Annual statistical returns and brief notes on vaccination in Bengal - 1909-1929
Year: 1909
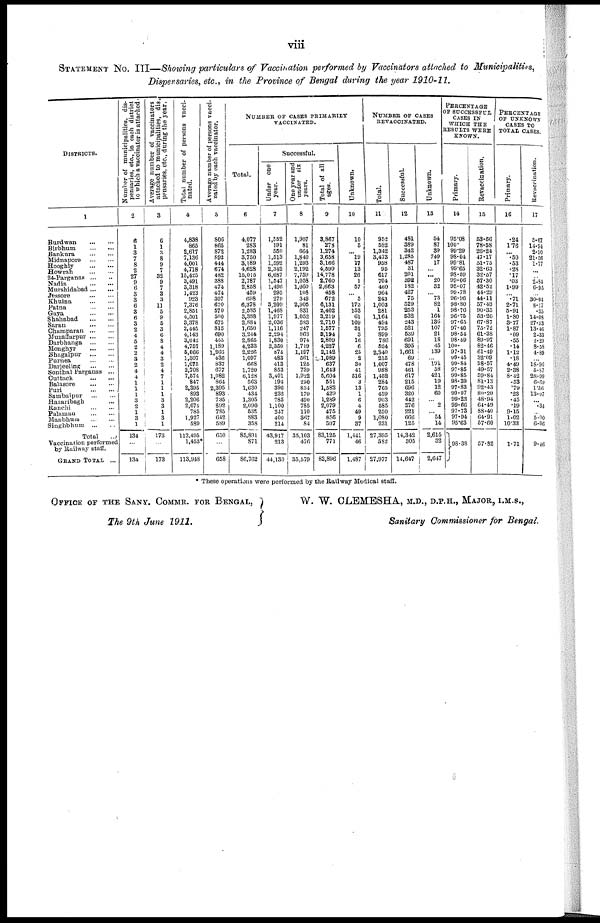
viii
STATEMENT NO. III—Showing particulars of Vaccination performed by Vaccinators attached to Municipalities,
Dispensaries, etc., in the Province of Bengal during the year 1910-11.
DISTRICTS.
1
Burdwan
...
...
Birbhum...
...
Bankura...
...
Midnapore...
...
Hooghly...
...
Howrah...
...
24-Parganas...
...
Nadia...
...
Murshidabad...
...
Jessore...
...
Khulna...
...
Patna...
...
Gaya...
...
Shahabad...
...
Saran...
...
Champaran... ...
Muzaffarpur... ...
Darbhanga... ...
Monghyr...
...
Bhagalpur... ...
Purnea... ...
Darjeeling...
...
Sonthal Parganas ...
Cuttack
...
...
Balasore...
...
Puri...
...
Sambalpur...
...
Hazaribagh...
...
Ranchi... ...
Palamau...
...
Manbhum... ...
Singhbhum...
...
Total... ...
Vaccination performed
by Railway staff.
GRAND
TOTAL...
Number of municipalities, dis-
pensaries, etc., in each district
o which a vaccinator is attached.
2
6
1
3
7
8
2
27
9
6
3
3
6
3
6
3
2
4
5
2
2
3
2
4
4
1
1
1
3
2
1
3
1
134
...
134
Average number of vaccinators
attached to municipalities, dis-
pensaries,
etc., during the year.
3
6
1
3
8
9
7
32
9
7
3
3
11
5
9
5
3
6
8
4
4
3
2
4
7
1
1
1
3
3
1
3
1
173
...
173
Total number of persons vacci-
nated.
4
4,838
865
2,617
7,136
4,001
4,718
15,425
3,491
3,318
1,423
923
7,376
2,851
4,501
3,378
2,445
4,143
3,642
4,757
5,066
1,307
1,675
2,708
7,574
847
2,395
898
2,206
2,675
785
1,927
589
112,495
1,453*
113,948
Average number of persons vacci-
nated by each vaccinator.
5
806
865
872
892
444
674
482
388
474
474
307
670
570
500
675
315
690
455
1,189
1,266
436
837
677
1,082
864
2,395
893
735
892
785
642
589
650
...
658
NUMBER OF CASES PRIMARILY
VACCINATED.
Total.
6
4,077
283
1,283
3,750
3,189
4,628
15,015
2,787
2,858
459
698
6,378
2,585
3,388
2,884
1,650
3,244
2,865
4,233
2,226
1,097
668
1,720
6,128
563
1,630
434
1,305
2,090
535
883
358
85,891
871
86,762
Successful.
Under one
year.
7
1,552
191
550
1,513
1,592
2,342
6,687
1,547
1,496
295
279
3,209
1,468
1,977
2,036
1,116
2,294
1,830
2,350
876
483
413
853
3,401
194
396
232
785
1,100
247
400
214
43,917
213
44,130
One year and
under six
years.
8
1,907
81
664
1,840
1,293
2,192
7,759
1,058
1,060
108
349
2,905
831
1,052
588
247
863
974
1,719
1,197
561
125
739
1,922
220
834
179
490
785
110
367
84
35,103
476
35,579
Total of all
ages.
9
3,867
278
1,274
3,658
3,166
4,599
14,778
2,760
2,663
458
672
6,131
2,402
3,219
2,710
1,577
9,194
2,809
4,227
2,142
1,089
637
1,643
5,604
551
1,582
429
1,289
2,079
475
856
307
83,125
771
83,896
Unknown.
10
10
5
... 19
17
13
26
1
57
... 5
173
153
61
109
31
3
16
6
25
2
30
41
516
3
13
1
6
4
49
9
37
1,441
46
1,487
NUMBER OF CASES
REVACCINATED.
Total.
11
952
582
1,342
3,473
958
95
617
704
460
964
243
1,003
281
1,164
494
795
899
786
524
2,840
215
1,007
988
1,452
284
765
459
903
585
250
1,080
231
27,395
582
27,977
Successful.
12
481
389
342
1,285
487
31
201
392
182
427
75
529
253
532
243
521
539
691
395
1,661
69
478
461
617
215
696
320
442
376
221
666
125
14,342
305
14,647
Unknown.
13
54
87
39
749
17
... ... 20
32
... 73
82
1
164
136
107
21
18
45
139
... 191
58
421
19
12 60
... 2
... 54
14
2,615
32
2,647
PERCENTAGE
OF SUCCESSFUL
CASES IN
WHICH THE
RESULTS WERE
KNOWN.
Primary.
14
95.08
100.
99.29
98.04
99.81
99.65
93.59
99.06
95.07
99.78
96.96
98.80
98.76
96.75
97.65
97.40
98.54
98.59
100.
97.31
99.45
99.84
97.85
99.85
93.39
97.83
99.07
99.23
99.66
97.73
97.94
95.63
98.38
Re-Vaccination.
15
53.56
78.58
26.24
47.17
51.75
32.63
32.57
67.30
42.52
44.29
44.11
57.43
90.35
53.20
67.87
75.72
61.38
89.97
82.46
61.49
32.09
58.57
49.57
59.84
81.13
92.43
80.20
48.94
61.49
88.40
64.91
57.60
57.32
PERCENTAGE
OF UNKNOWN
CASES TO
TOTAL CASES.
Primary.
16
.24
1.76
... .50
.53
.28
.17
.03
1.99
... .71
2.71
5.91
1.80
3.77
1.87
.09
.55
.14
1.12
.18
4.49
2.38
8.42
.53
.79
.23
.45
.19
9.15
1.02
10.33
1.71
Revaccination.
17
5.67
14.94
2.90
21.56
1.77
...
... 2.84
6.95
... 30.04
8.17
.35
14.08
27.53
13.46
2.33
2.29
8.58
4.89
... 18.90
5.87
28.99
6.69
1.56
13.07
... .31
... 5.00
6.06
9.46
* These operations were performed by the Railway Medical staff.
OFFICE OF THE SANY. COMMR. FOR BENGAL,
The 9th June 1911.
W. W. CLEMESHA, M.D., D.P.H., MAJOR, I.M.S.,
Sanitary Commissioner for Bengal.